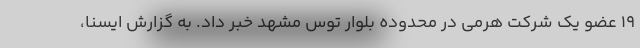
۱۹ عضو یک شرکت هرمی در محدوده بلوار توس مشهد خبر داد. به گزارش ایسنا،